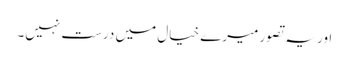
اور یہ تصور میرے خیال میں درست نہیں۔